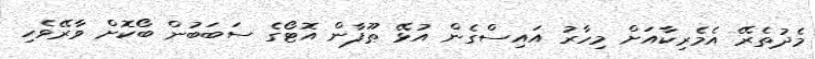
މެދުތެރޭ އެމެރިކާއަށް މިހާރު އައިސްގެން އުޅޭ ޠޫފާން އޮޓޯގެ ސަބަބުން ބޯކޮށް ވާރޭވެހި